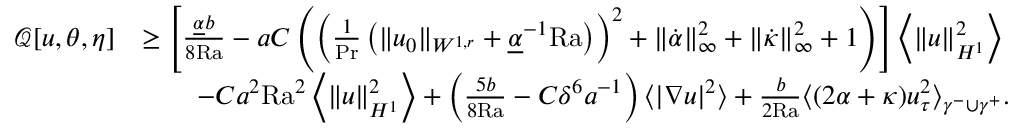
\begin{array} { r l } { \mathcal { Q } [ u , \theta , \eta ] } & { \geq \left[ \frac { \underline { { \alpha } } b } { 8 \mathrm { { R a } } } - a C \left( \left( \frac { 1 } { \mathrm { P r } } \left( \| u _ { 0 } \| _ { W ^ { 1 , r } } + \underline { { \alpha } } ^ { - 1 } \mathrm { { R a } } \right) \right) ^ { 2 } + \| \dot { \alpha } \| _ { \infty } ^ { 2 } + \| \dot { \kappa } \| _ { \infty } ^ { 2 } + 1 \right) \right] \left\langle \| u \| _ { H ^ { 1 } } ^ { 2 } \right\rangle } \\ & { \qquad - C a ^ { 2 } { \mathrm { R a } } ^ { 2 } \left\langle \| u \| _ { H ^ { 1 } } ^ { 2 } \right\rangle + \left( \frac { 5 b } { 8 \mathrm { { R a } } } - C \delta ^ { 6 } a ^ { - 1 } \right) \langle | \nabla u | ^ { 2 } \rangle + \frac { b } { 2 { \mathrm { R a } } } \langle ( 2 \alpha + \kappa ) u _ { \tau } ^ { 2 } \rangle _ { \gamma ^ { - } \cup \gamma ^ { + } } . } \end{array}